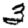
Digit: 3